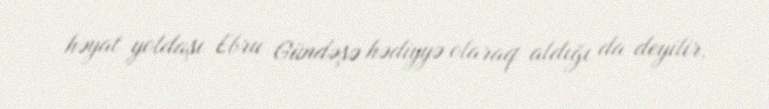
həyat yoldaşı Ebru Gündəşə hədiyyə olaraq aldığı da deyilir.